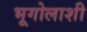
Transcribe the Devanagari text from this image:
भूगोलाशी